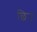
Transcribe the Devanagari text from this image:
छिउ